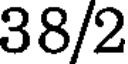
38/2